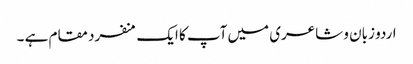
اردو زبان و شاعری میں آپ کا ایک منفرد مقام ہے ۔